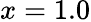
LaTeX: x=1.0